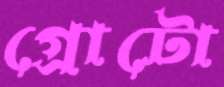
গ্রোটো